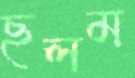
ছলম